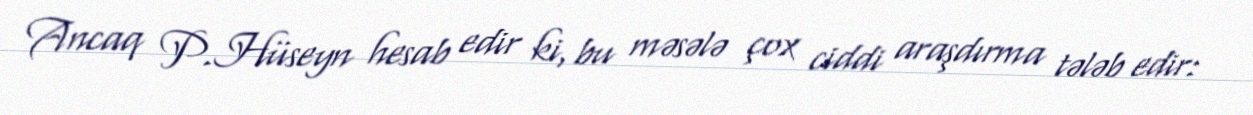
Ancaq P.Hüseyn hesab edir ki, bu məsələ çox ciddi araşdırma tələb edir: